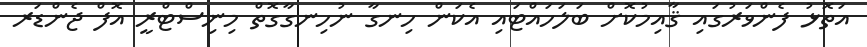
އަތޮޅު ފެންވަރުގައި ޤާއިމުކޮށް ބަލަހައްޓައި އެކަން ހިނގާ ނުހިނގާގޮތް މިނިސްޓްރީ އޮފް ޖެންޑަރ